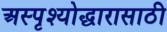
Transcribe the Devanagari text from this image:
अस्पृश्योद्धारासाठी